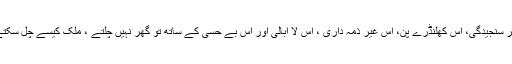
اس غیر سنجیدگی، اس کھلنڈرے پن، اس غیر ذمہ داری ، اس لا ابالی اور اس بے حسی کے ساتھ تو گھر نہیں چلتے ، ملک کیسے چل سکتے ہیں۔